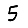
Digit: 5